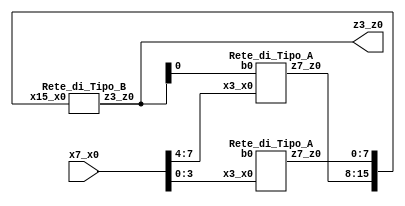
/**
 *          La seguente descrizione in linguaggio Verilog evidenzia invece
 *          come, in tale linguaggio si possono dichiarare e usare le
 *          variabili a piu' bit (considerare un insieme ordinato di
 *          N variabili a un bit come un'unica variabile a N bit, avente per
 *          componenti le N variabili a un bit). Ogni delle 2^N configurazioni
 *          di bit che le N variabili a un bit possono assumere, costituisce
 *          anche uno dei @^N possibili valori (o stati) della variabile
 *          a N bit.
 *          PRIMA IMPLEMENTAZIONE.
 *
 *          Created on 16/06/2019.
 */

/*
 * La Rete_Totale e' globalmente descritta dal primo dei tre costruitti
 * module...endmodule. Essa ha una variabile di ingresso a otto bit x7_x0
 * e una variabile di uscita a quattro bit z3_z0. Le variabili per il
 * collegamento delle sottoreti interne sono in parte a quattro bit (variabili
 * a_R1, a_R2 e da_R3), in parte a otto bit (variabili da_R1 e da_R2), in
 * parte a sedici bit (variabile a_R3) e in parte a un bit (variabile
 * a_R1_e_R2).
 * 
 * Questa implementazione e' volutamente espansiva per facilitarne la
 * comprensione. Verranno fornite altre due versioni alternative cpattate.
 */
module Rete_Totale_1(z3_z0, x7_x0);
    input   [7:0]   x7_x0;
    output  [3:0]   z3_z0;
    wire    [3:0]   a_R1, a_R2;
    wire    [7:0]   da_R1, da_R2;
    wire    [15:0]  a_R3;
    wire    [3:0]   da_R3;
    wire            a_R1_e_R2;

    // gli statement contenenti la parola chiave assign (li troveremo
    // frequentemente) sono detti assegnamenti continui; ciascuno di essi ha,
    // in generale, un formato del tipo variabile=espressione e indica il
    // continuo adeguamento del valore della variabile a sinistra del simbolo
    // = al valore che assume l'espressione a destra di tale simbolo
    assign a_R1 = x7_x0[7:4];
    assign a_R2 = x7_x0[3:0];
    assign a_R3 = {da_R1, da_R2};
    assign a_R1_e_R2 = da_R3[0];
    assign z3_z0 = da_R3;

    Rete_di_Tipo_A R1(da_R1, a_R1, a_R1_e_R2),
                   R2(da_R2, a_R2, A_R1_e_R2);

    Rete_di_Tipo_B R3(da_R3, a_R3);
endmodule

/**
 * Il tipo di rete Rete_di_Tipo_A e' descritto dal secondo dei costrutti
 * module...endmodule. Una rete di questo tipo ha una variabile di ingresso
 * a quattro bit di nome locale x3_x0, una variabile di ingresso a un bit di
 * nome locale b0 e una variabile di uscita a otto bit di nome locale z7_z0.
 */
module Rete_di_Tipo_A(z7_z0, x3_x0, b0);
    input   [3:0]   x3_x0;
    input           b0;
    output  [7:0]   z7_z0;

    // descrizione della struttura interna delle reti di tale tipo
endmodule

/**
 * Il tipo di rete Rete_di_Tipo_B e' descritto dal terzo dei costrutti
 * module...endmodule. Una rete di questo tipo ha una variabile di ingresso
 * a sedici bit di nome locale x15_x0 e una variabile di uscita a quattro bit
 * di nome locale z3_z0.
 */
module Rete_di_Tipo_B(z3_z0, x15_x0);
    input   [15:0]  x15_x0;
    output  [3:0]   z3_z0;

    // descrizione della struttura interna delle reti di tale tipo
endmodule